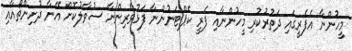
މީހުންނާ އެފެރީގައި ދަތުރުކުރި މީހުންނާއި ފެރީ ކެޕްޓަނުންނާ ފަޅުވެރިންނާ ސުވާލުކޮށް އޭނާ ދުށިންތޯއާއި